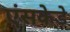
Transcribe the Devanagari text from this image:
एंसकेडे